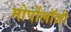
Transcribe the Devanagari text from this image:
मोर्पोलॉजी